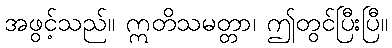
အဖွင့်သည်။ ဣတိသမတ္တာ၊ ဤတွင်ပြီးပြီ။